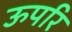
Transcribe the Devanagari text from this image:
ऊपरि